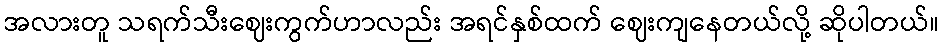
အလားတူ သရက်သီးဈေးကွက်ဟာလည်း အရင်နှစ်ထက် ဈေးကျနေတယ်လို့ ဆိုပါတယ်။